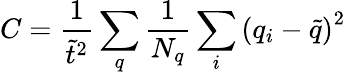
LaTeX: C=\frac{1}{\tilde{t}^{2}}\sum_{q}\frac{1}{N_{q}}\sum_{i}\left(q_{i}-\tilde{q}\right)^{2}